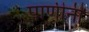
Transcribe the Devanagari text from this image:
पाणीनी